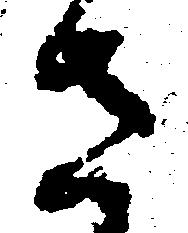
さ